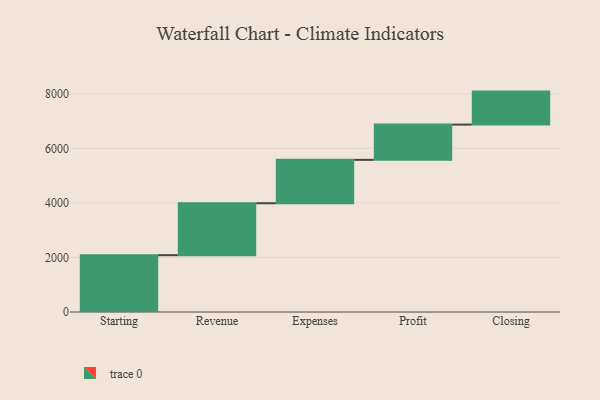
{"axis": {"x": "Step", "y": "Value"}, "legend": [""], "data": [{"x": "Starting", "y": 2084.0, "type": ""}, {"x": "Revenue", "y": 1904.0, "type": ""}, {"x": "Expenses", "y": 1592.0, "type": ""}, {"x": "Profit", "y": 1293.0, "type": ""}, {"x": "Closing", "y": 1210.0, "type": ""}]}